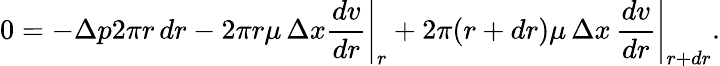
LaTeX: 0=-\Delta p2\pi r\, dr-2\pi r\mu\, \Delta x\left.{\frac{dv}{dr}}\right|_{r}+2\pi(r+dr)\mu\, \Delta x\, \left.{\frac{dv}{dr}}\right\vert_{r+dr}.